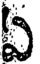
ఏ